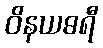
ဝိနယဓရီ